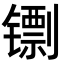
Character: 𬭺